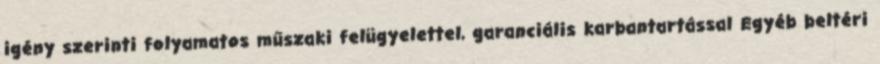
igény szerinti folyamatos műszaki felügyelettel, garanciális karbantartással Egyéb beltéri